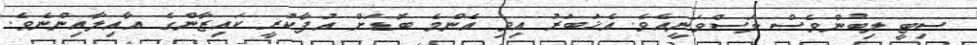
ސިޓީ ލިބުންވެސް ލަސްވަނީއެވެ. އެޚަބަރު އިވި އެންމެ ބޮޑަށް އުފާކުރީ ކައިޒާންގެ އާއިލާއިންނެވެ.